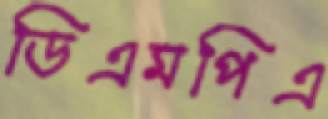
ডিএমপিএ